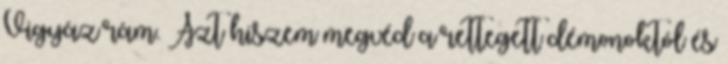
Vigyáz rám. Azt hiszem megvéd a rettegett démonoktól és